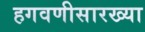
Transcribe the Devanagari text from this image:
हगवणीसारख्या